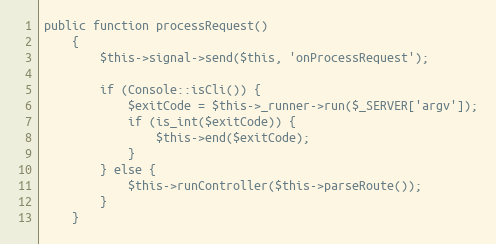
Language: PHP
public function processRequest()
    {
        $this->signal->send($this, 'onProcessRequest');

        if (Console::isCli()) {
            $exitCode = $this->_runner->run($_SERVER['argv']);
            if (is_int($exitCode)) {
                $this->end($exitCode);
            }
        } else {
            $this->runController($this->parseRoute());
        }
    }